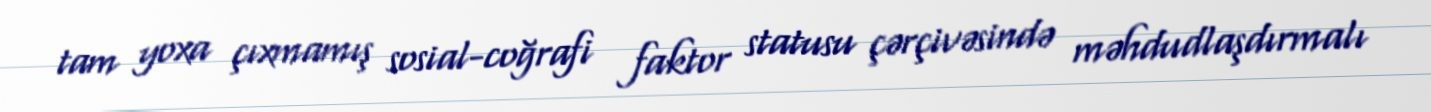
tam yoxa çıxmamış sosial-coğrafi faktor statusu çərçivəsində məhdudlaşdırmalı